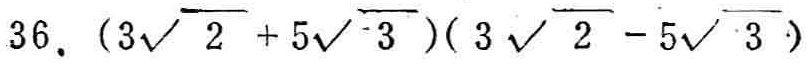
$36.(3\sqrt{2} + 5\sqrt{3})(3\sqrt{2} - 5\sqrt{3})$